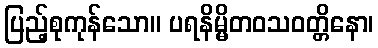
ပြည့်စုကုန်သော။ ပရနိမ္မိတဝသဝတ္တိနော၊